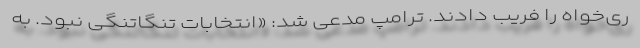
ری‌خواه را فریب دادند. ترامپ مدعی شد: «انتخابات تنگاتنگی نبود. به